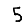
Digit: 5